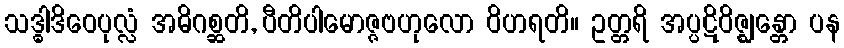
သဒ္ဓါဒိဝေပုလ္လံ အဓိဂစ္ဆတိ, ပီတိပါမောဇ္ဇဗဟုလော ဝိဟရတိ။ ဥတ္တရိ အပ္ပဋိဝိဇ္ဈန္တော ပန